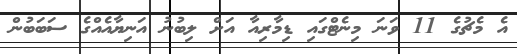
އެ މެޗުގެ 11 ވަނަ މިނެޓްގައި ޑިމާރިއާ އަށް ލިބުނު އަނިޔާއެއްގެ ސަބަބުން